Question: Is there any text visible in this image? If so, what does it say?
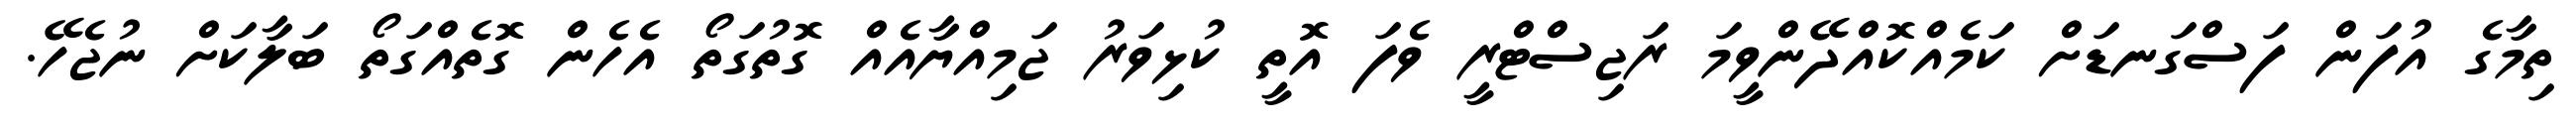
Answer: ތިމާގެ އުފަން ފަސްގަނޑަށް ކަމެއްކޮއްދޭންވީމަ ރަޖިސްޓްރީ ވެފަ އޮތީ ކުޅިވަރު ޖަމިއްޔާއެއް ގޮތުގަތޯ އެހެން ގޮތެއްގަތޯ ބަލާކަށް ނުޖެހޭ.